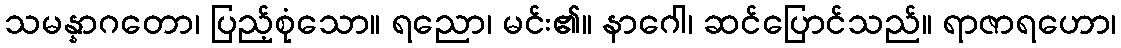
သမန္နာဂတော၊ ပြည့်စုံသော။ ရညော၊ မင်း၏။ နာဂေါ၊ ဆင်ပြောင်သည်။ ရာဇာရဟော၊